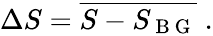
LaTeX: \begin{array}{r}{\Delta S=\overline{{S-S_{\mathrm{~B~G~}}}}\phantom{.}.}\end{array}